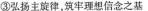
③弘扬主旋律，筑牢理想信念之基